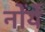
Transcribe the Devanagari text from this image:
नोर्ये